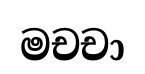
මචචා